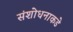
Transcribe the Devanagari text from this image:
संशोधनाकडे